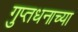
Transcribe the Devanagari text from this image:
गुप्तधनाच्या